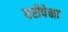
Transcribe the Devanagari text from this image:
घरीपेक्षा